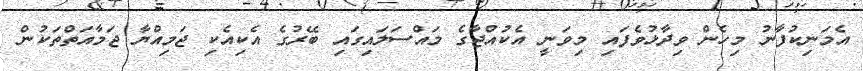
އެމަނިކުފާނު މިހެން ވިދާޅުވެފައި މިވަނީ އެކުއްޖާގެ މައްސަލައިގައި ބޭރުގެ އެކިއެކި ޖަމިއްޔާ ޖަމާއަތްތަކުން